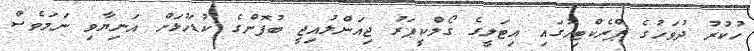
ހުކުރު ދުވަހުގެ ޕްރެކްޓިހުގައި އިޓަލީގެ ގޯލްކީޕަރު ޖިއަންލުއިޖީ ބުފޮންގެ ކުޑަހުޅަށް އަނިޔާވި ނަމަވެސް